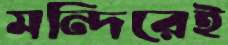
মন্দিরেই